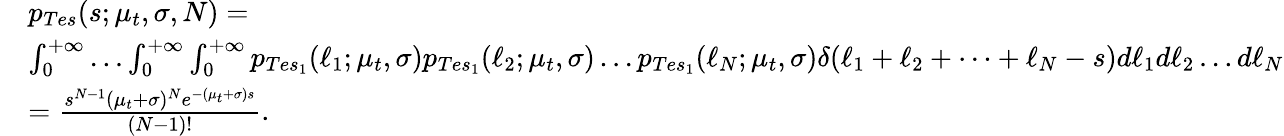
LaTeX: \begin{array}{rl}&{p_{Tes}(s;\mu_{t},\sigma,N)=}\\ &{\int_{0}^{+\infty}\dots\int_{0}^{+\infty}\int_{0}^{+\infty}p_{Tes_{1}}(\ell_{1};\mu_{t},\sigma)p_{Tes_{1}}(\ell_{2};\mu_{t},\sigma)\dots p_{Tes_{1}}(\ell_{N};\mu_{t},\sigma)\delta(\ell_{1}+\ell_{2}+\dots+\ell_{N}-s)d\ell_{1}d\ell_{2}\dots d\ell_{N}}\\ &{=\frac{s^{N-1}(\mu_{t}+\sigma)^{N}e^{-(\mu_{t}+\sigma)s}}{(N-1)!}.}\end{array}